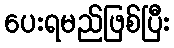
ပေးရမည်ဖြစ်ပြီး